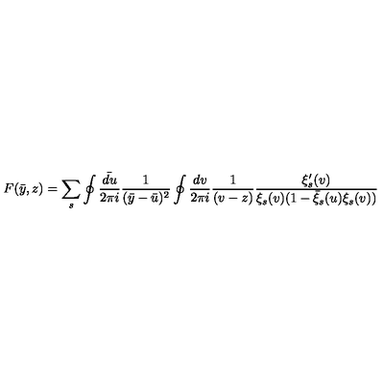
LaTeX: F ( \bar { y } , z ) = \sum _ { s } \oint \frac { \bar { d u } } { 2 \pi i } \frac { 1 } { ( \bar { y } - \bar { u } ) ^ { 2 } } \oint \frac { d v } { 2 \pi i } \frac { 1 } { ( v - z ) } \frac { \xi _ { s } ^ { \prime } ( v ) } { \xi _ { s } ( v ) ( 1 - \bar { \xi } _ { s } ( u ) \xi _ { s } ( v ) ) }